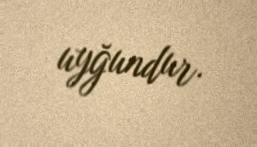
uyğundur.